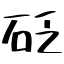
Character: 砭